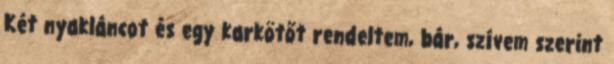
Két nyakláncot és egy karkötőt rendeltem, bár, szívem szerint